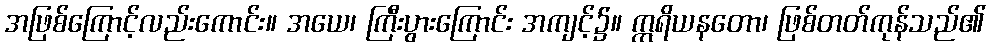
အဖြစ်ကြောင့်လည်းကောင်း။ အယေ၊ ကြီးပွားကြောင်း အကျင့်၌။ ဣရိယနတော၊ ဖြစ်တတ်ကုန်သည်၏